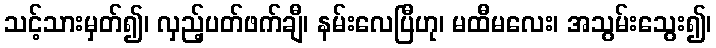
သင့်သားမှတ်၍၊ လှည့်ပတ်ဖက်ချီ၊ နမ်းလေပြီဟု၊ မထီမလေး၊ အသွမ်းသွေး၍၊